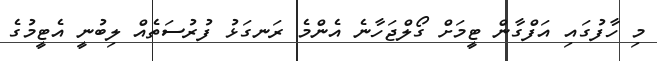
މި ހާފުގައި އަފްގާން ޓީމަށް ގޯލްޖަހާނެ އެންމެ ރަނގަޅު ފުރުސަތެއް ލިބުނީ އެޓީމުގެ